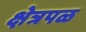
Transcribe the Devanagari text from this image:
क्षेत्रपळ